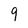
Character: 9